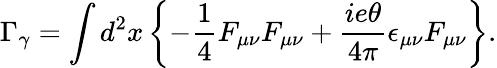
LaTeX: \Gamma_{\gamma}=\int d^{2}x\left\{ -\frac{1}{4}F_{\mu\nu}F_{\mu\nu}+\frac{ie\theta}{4\pi}\epsilon_{\mu\nu}F_{\mu\nu}\right\} .